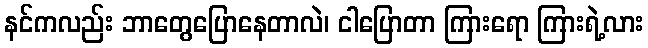
နင်ကလည်း ဘာတွေပြောနေတာလဲ၊ ငါပြောတာ ကြားရော ကြားရဲ့လား